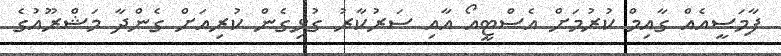
ފާމަސީއެއް ގާއިމް ކުރުމަށް އެސްޓީއޯ އާއި ސަރުކާރު ގުޅިގެން ކުރިއަށް ގެންދާ މަޝްރޫއުގެ